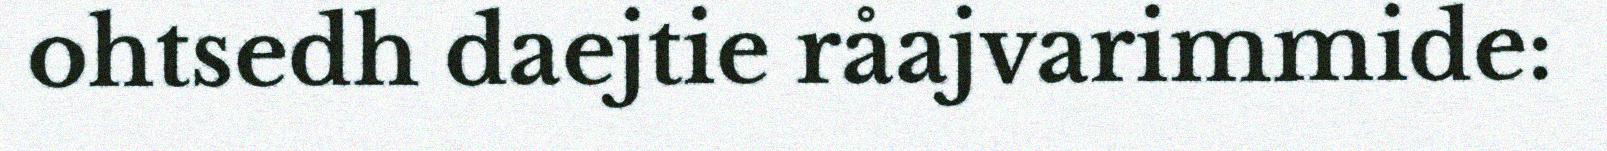
ohtsedh daejtie råajvarimmide: